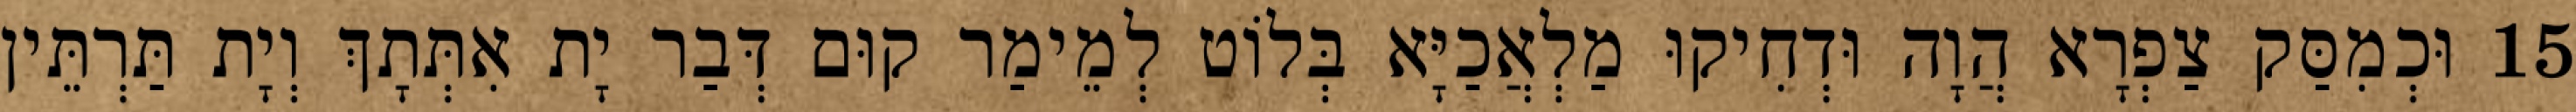
15 וּכְמִסַּק צַפְרָא הֲוָה וּדְחִיקוּ מַלְאֲכַיָּא בְּלוֹט לְמֵימַר קוּם דְּבַר יָת אִתְּתָךְ וְיָת תַּרְתֵּין